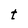
Character: t